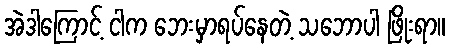
အဲဒါကြောင့် ငါက ဘေးမှာရပ်နေတဲ့ သဘောပါ ဖြိုးရာ။